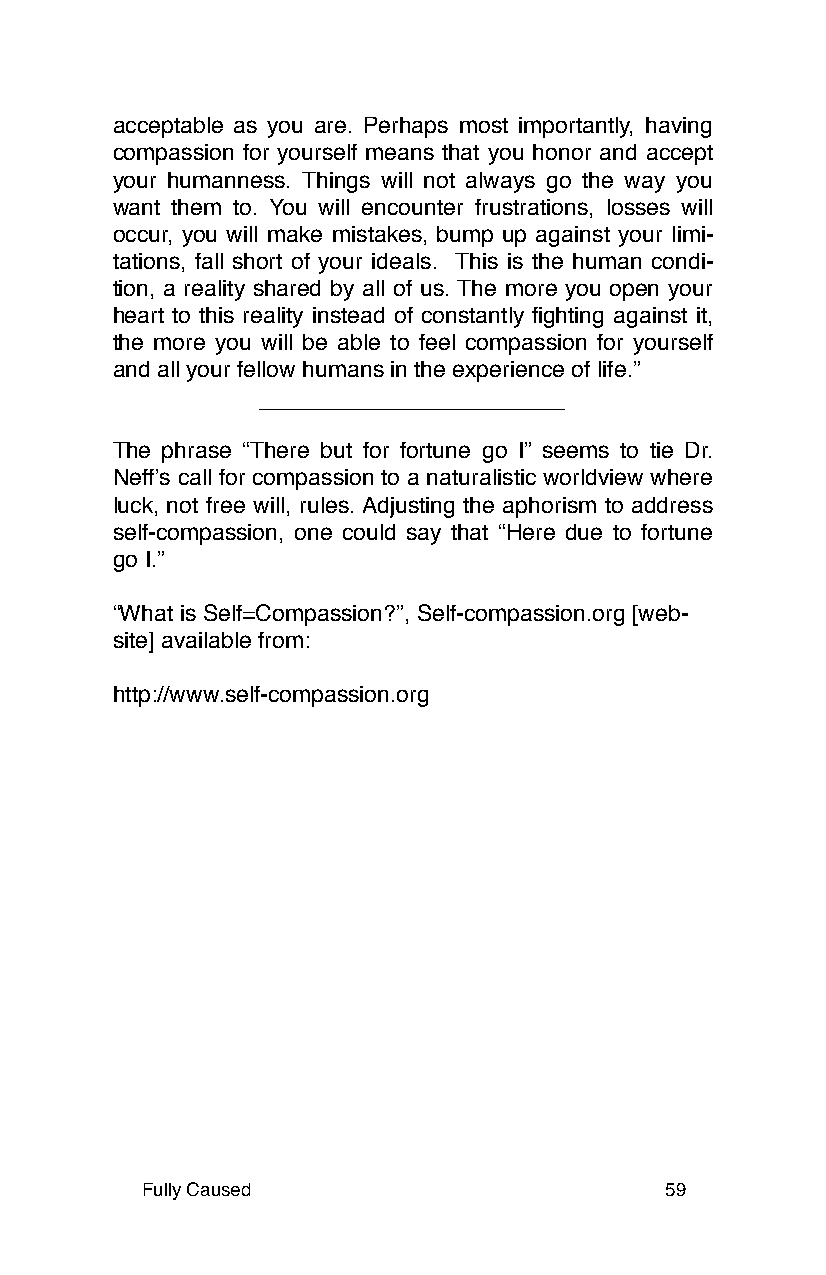
acceptable as you are. Perhaps most importantly, having
 compassion for yourself means that you honor and accept
 your humanness. Things will not always go the way you
 want them to. You will encounter frustrations, losses will
 occur, you will make mistakes, bump up against your limi-
 tations, fall short of your ideals. This is the human condi-
 tion, a reality shared by all of us. The more you open your
 heart to this reality instead of constantly fighting against it,
 the more you will be able to feel compassion for yourself
 and all your fellow humans in the experience of life.”
 The phrase “There but for fortune go I” seems to tie Dr.
 Neffʼs call for compassion to a naturalistic worldview where
 luck, not free will, rules. Adjusting the aphorism to address
 self-compassion, one could say that “Here due to fortune
 go I.”
 “What is Self=Compassion?”, Self-compassion.org [web-
 site] available from:
 http://www.self-compassion.org
 Fully Caused                       59